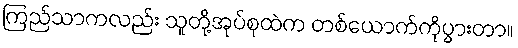
ကြည်သာကလည်း သူတို့အုပ်စုထဲက တစ်ယောက်ကိုပွားတာ။